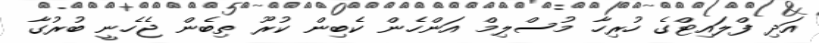
އަދި ފްލައިޓްގެ ހުރިހާ މުސްލިމް އަންހެން ކެބިން ކުރޫ ތިބެން ޖެހެނީ ބުރުގާ